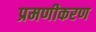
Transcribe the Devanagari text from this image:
प्रमणीकरण